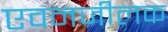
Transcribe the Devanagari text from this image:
एवनजीलक